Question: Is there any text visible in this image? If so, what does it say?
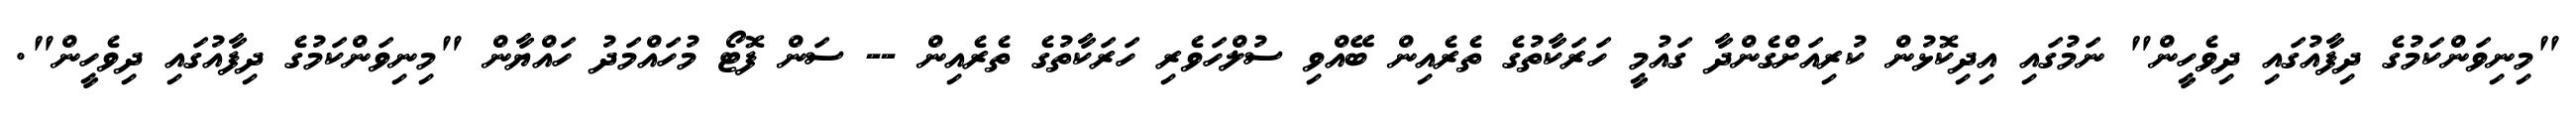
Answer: "މިނިވަންކަމުގެ ދިފާއުގައި ދިވެހީން" ނަމުގައި އިދިކޮޅުން ކުރިއަށްގެންދާ ގައުމީ ހަރަކާތުގެ ތެރެއިން ބޭއްވި ސުލްހަވެރި ހަރަކާތުގެ ތެރެއިން -- ސަން ފޮޓޯ މުހައްމަދު ހައްޔާން "މިނިވަންކަމުގެ ދިފާއުގައި ދިވެހީން".